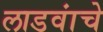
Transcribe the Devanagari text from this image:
लाडवांचे